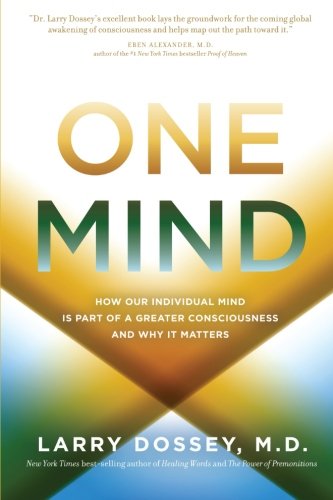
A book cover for One Mind: How Our Individual Mind Is Part of a Greater Consciousness and Why It Matters; Larry Dossey M.D.; Religion & Spirituality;